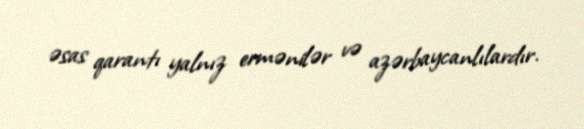
əsas qarantı yalnız ermənilər və azərbaycanlılardır.